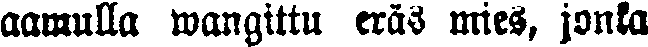
aamulla wangittu eräs mies, jonka